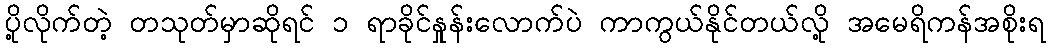
ပို့လိုက်တဲ့ တသုတ်မှာဆိုရင် ၁ ရာခိုင်နှုန်းလောက်ပဲ ကာကွယ်နိုင်တယ်လို့ အမေရိကန်အစိုးရ